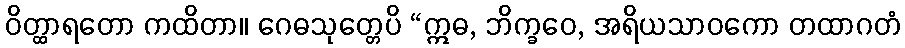
ဝိတ္ထာရတော ကထိတာ။ ဂေဓသုတ္တေပိ “ဣဓ, ဘိက္ခဝေ, အရိယသာဝကော တထာဂတံ